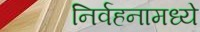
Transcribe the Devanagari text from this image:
निर्वहनामध्ये